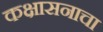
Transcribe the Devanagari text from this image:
कक्षासनाचा